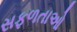
સફળતાઓ